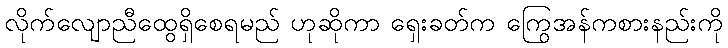
လိုက်လျောညီထွေရှိစေရမည် ဟုဆိုကာ ရှေးခတ်က ကြွေအန်ကစားနည်းကို